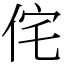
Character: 侘